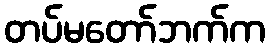
တပ်မတော်ဘက်က